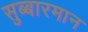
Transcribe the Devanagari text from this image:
सुब्बारमान